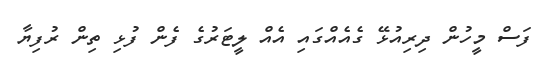
ފަސް މީހުން ދިރިއުޅޭ ގެއެއްގައި އެއް ލީޓަރުގެ ފެން ފުޅި ތިން ރުފިޔާ